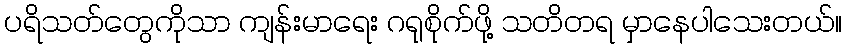
ပရိသတ်တွေကိုသာ ကျန်းမာရေး ဂရုစိုက်ဖို့ သတိတရ မှာနေပါသေးတယ်။